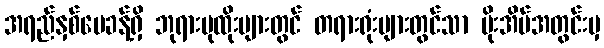
အရည်နှစ်ပေခန့်ရှိ ဘုရားပုထိုးများတွင် တရားရုံးများတွင်သာ ပိုးအိမ်အတွင်းမှ